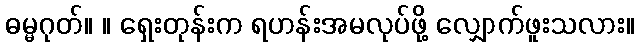
ဓမ္မဂုတ်။ ။ ရှေးတုန်းက ရဟန်းအမလုပ်ဖို့ လျှောက်ဖူးသလား။